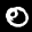
Label: 0